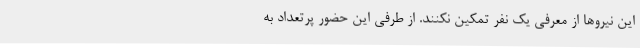
این نیروها از معرفی یک نفر تمکین نکنند. از طرفی این حضور پرتعداد به